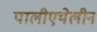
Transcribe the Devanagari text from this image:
पालीएथेलीन